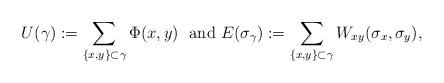
LaTeX: \begin{align*}U(\gamma ):=\sum_{\left\{ x,y\right\} \subset \gamma }\Phi (x,y)\text{ \ and\ }E(\sigma _{\gamma }):=\sum_{\left\{ x,y\right\} \subset \gamma}W_{xy}(\sigma _{x},\sigma _{y}), \end{align*}